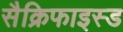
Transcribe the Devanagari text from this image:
सैक्रिफाइस्ड